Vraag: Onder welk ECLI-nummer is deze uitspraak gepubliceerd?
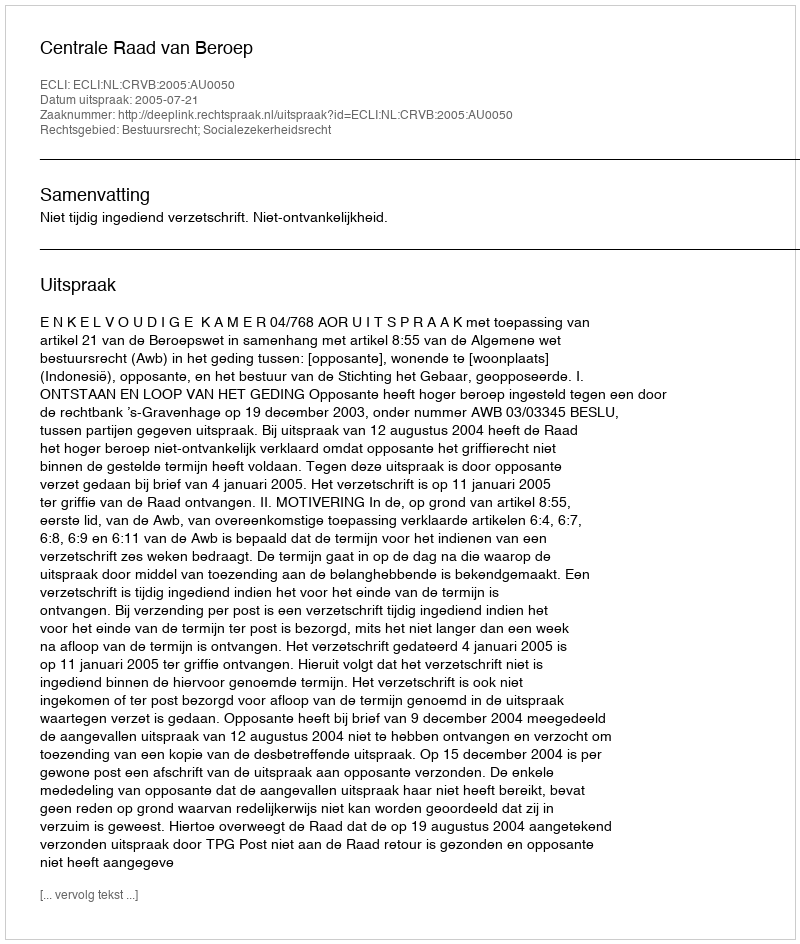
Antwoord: ECLI:NL:CRVB:2005:AU0050